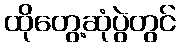
ထိုတွေ့ဆုံပွဲတွင်